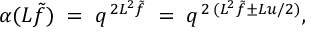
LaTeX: \alpha ( L \tilde { f } ) \; = \; q ^ { \, 2 L ^ { 2 } \tilde { f } } \; = \; q ^ { \, 2 \, ( L ^ { 2 } \tilde { f } \pm L u / 2 ) } ,